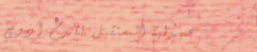
صيدلية المستقبل تقدم أدوي